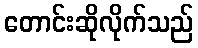
တောင်းဆိုလိုက်သည်